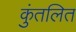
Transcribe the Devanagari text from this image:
कुंतलित